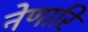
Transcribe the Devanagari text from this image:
नेणारि